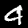
Label: 4